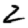
Digit: 2